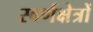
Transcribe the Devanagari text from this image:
स्वर्णक्षेत्रों